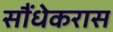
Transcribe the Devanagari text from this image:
सौंधेकरास